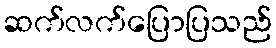
ဆက်လက်ပြောပြသည်